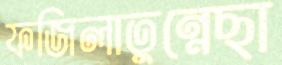
ফজিলাতুন্নেছা